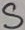
Text: S